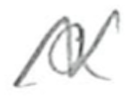
Text: a
Cross-out: mix
Writing tool: pencil